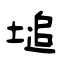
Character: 塠